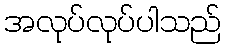
အလုပ်လုပ်ပါသည်